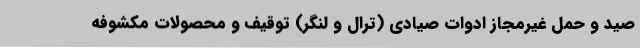
صید و حمل غیرمجاز ادوات صیادی (ترال و لنگر) توقیف و محصولات مکشوفه